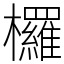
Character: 欏